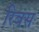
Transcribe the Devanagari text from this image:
रिवस